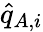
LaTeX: \widehat{q}_{A,i}